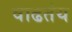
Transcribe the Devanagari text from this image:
वाढतंय